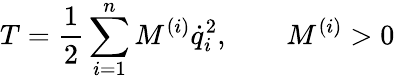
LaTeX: T=\frac{1}{2}\sum_{i=1}^{n}M^{(i)}{\dot{q}}_{i}^{2},\qquad M^{(i)}>0